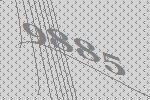
9885